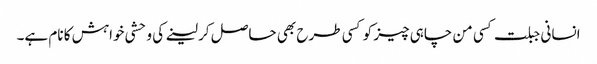
انسانی جبلت کسی من چاہی چیز کو کسی طرح بھی حاصل کر لینے کی وحشی خواہش کا نام ہے۔